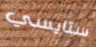
ستايسي